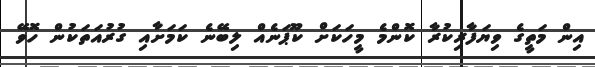
އިން މަތީގެ ވިޔަފާރިކުރާ ކޮންމެ މީހަކަށް ކޫޕަނެއް ލިބޭނެ ކަމަށާއި ގުރުއަތަކުން ހޮވޭ